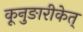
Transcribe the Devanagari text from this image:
कूनुङारीकेत्